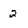
Character: 2